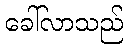
ခေါ်လာသည်